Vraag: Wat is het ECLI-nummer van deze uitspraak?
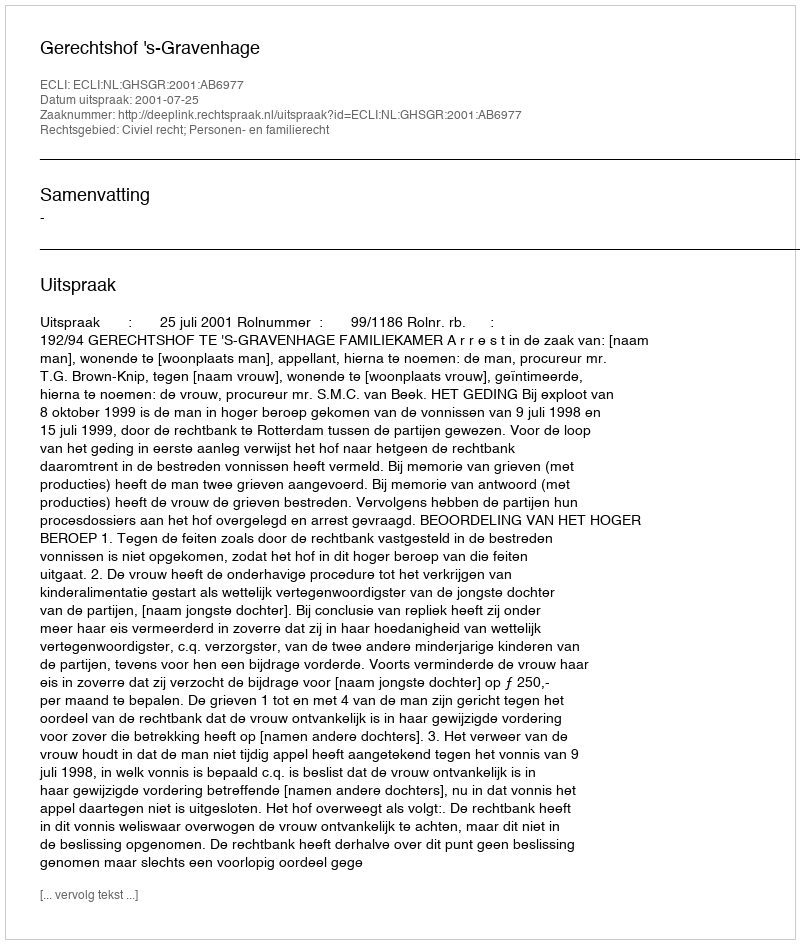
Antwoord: ECLI:NL:GHSGR:2001:AB6977